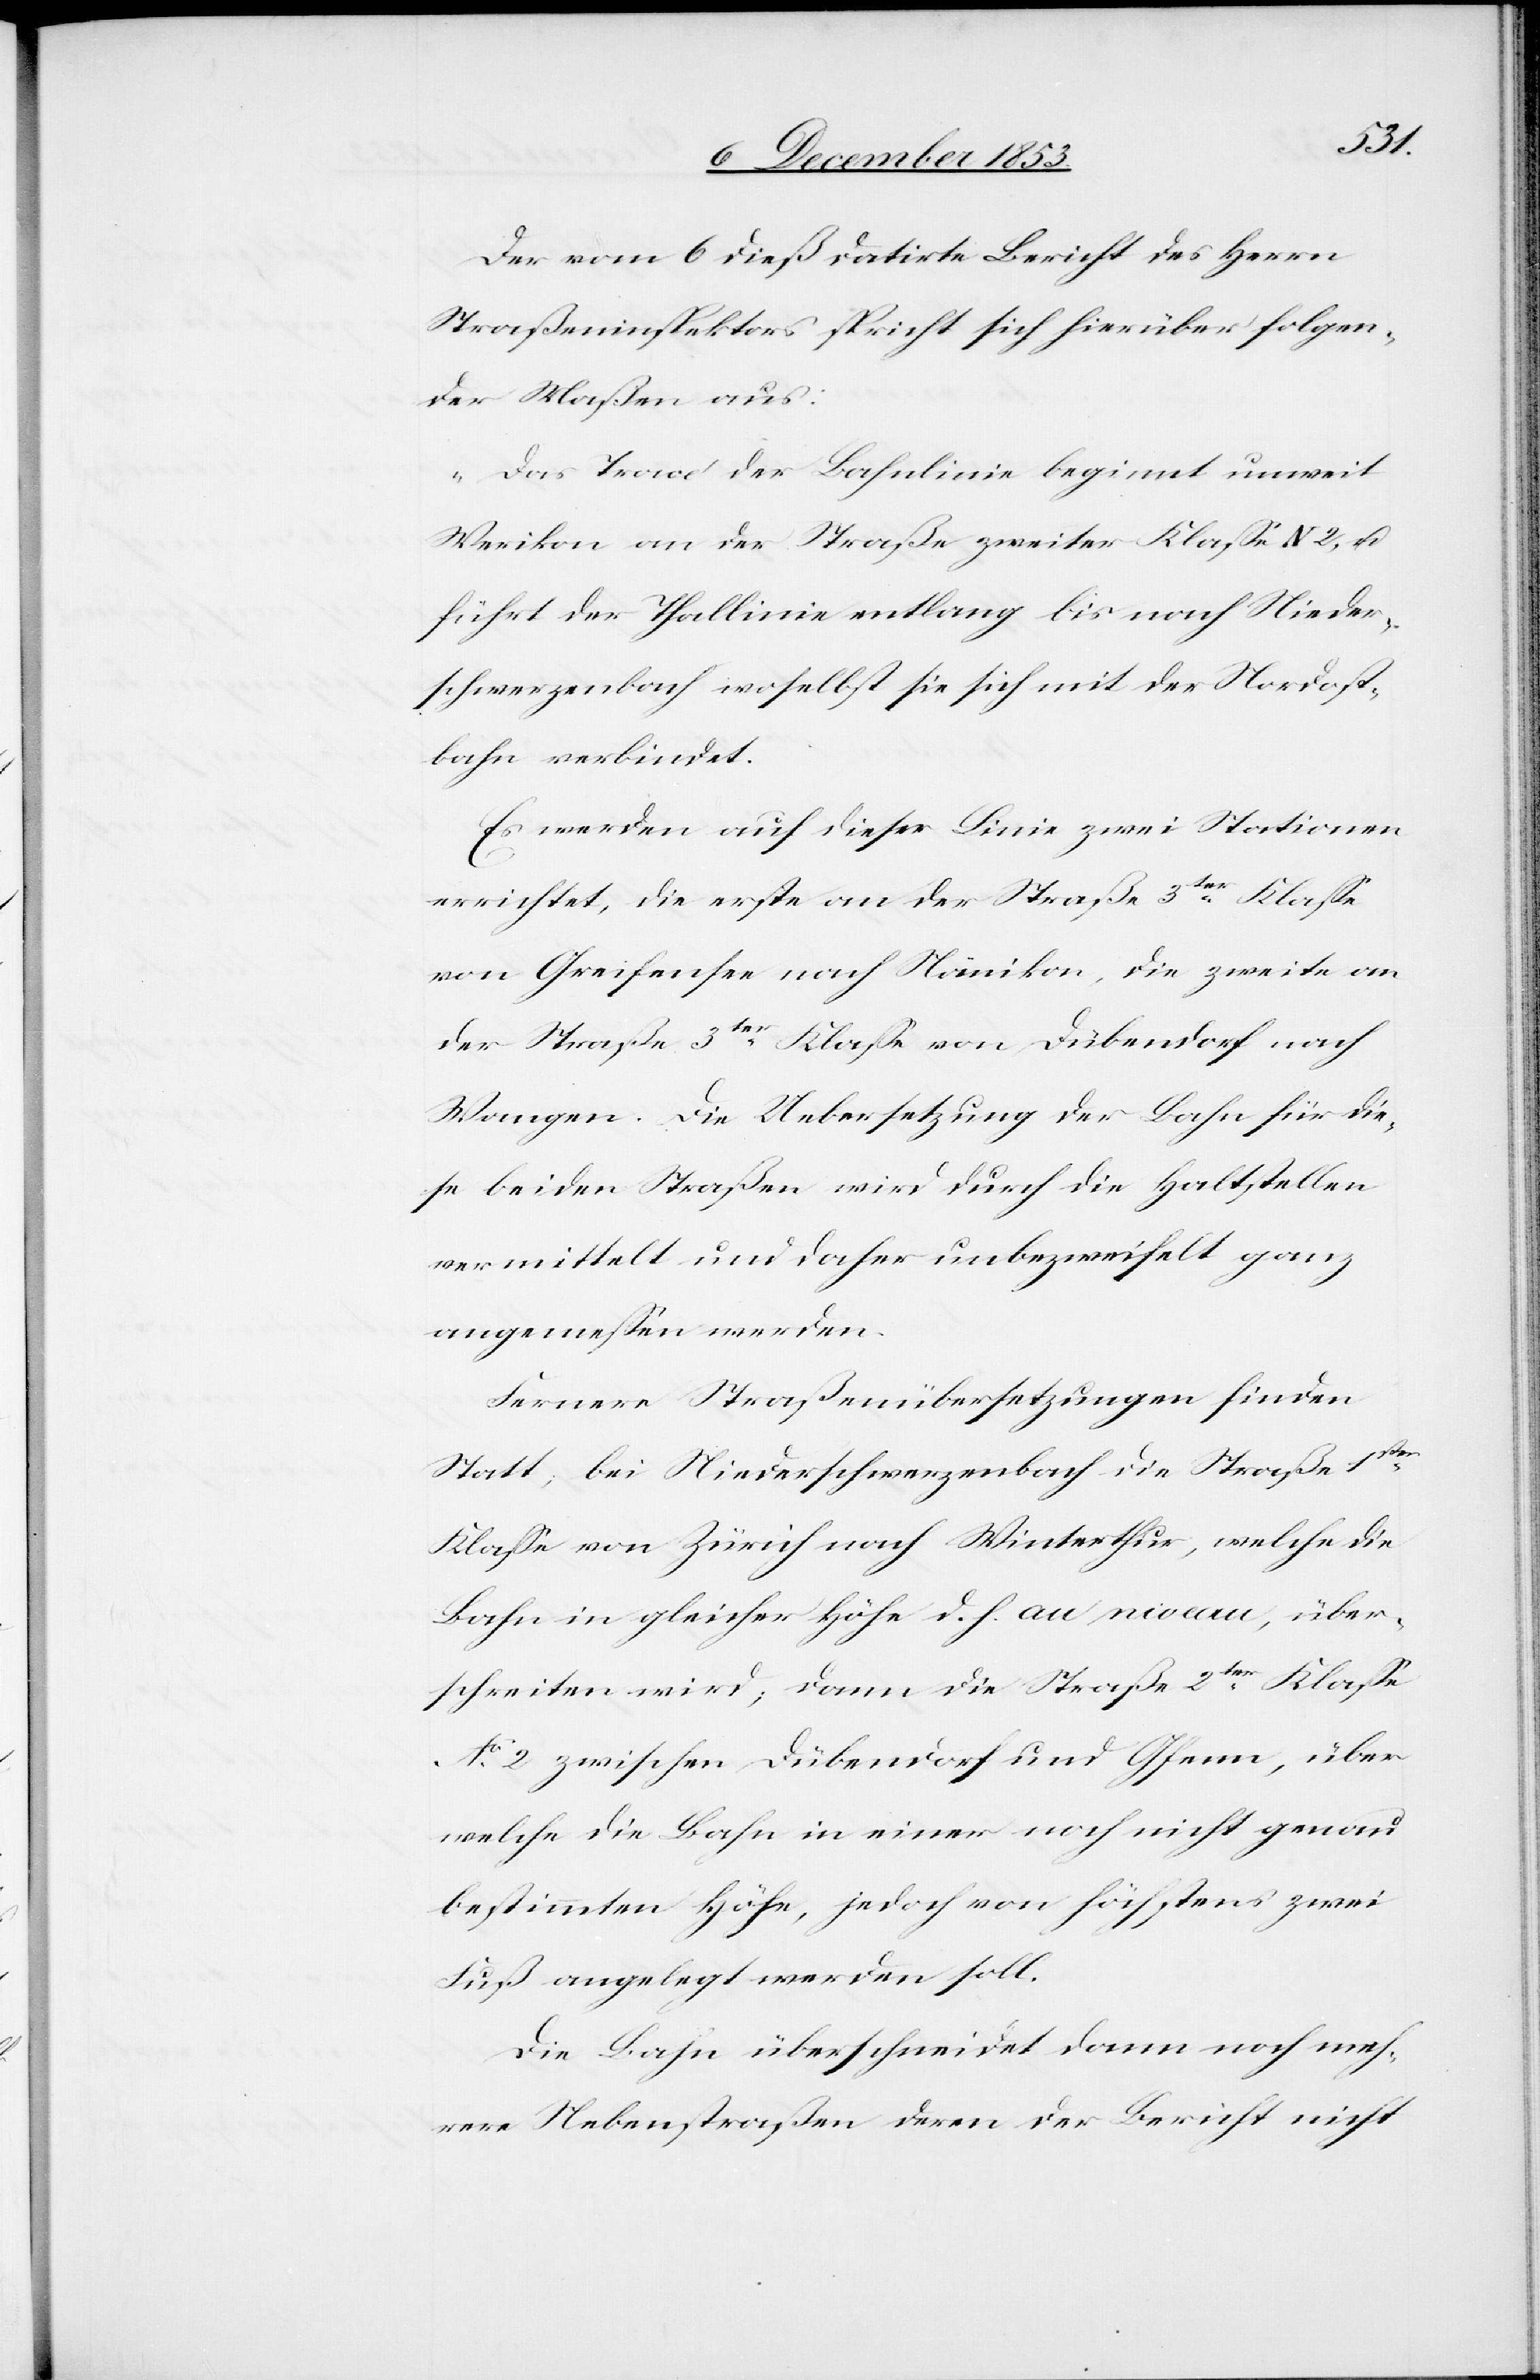
Der vom 6 dieß datirte Bericht des Herrn
Straßeninspektors spricht sich hierüber folgen¬
der Maßen aus:
„Das Tracé der Bahnlinie beginnt unweit
Weerikon an der Straße zweiter Klaße N 2, u.
führt der Thallinie entlang bis nach Nieder¬
schwerzenbach woselbst sie sich mit der Nordost¬
bahn verbindet.
Es werden auf dieser Linie zwei Stationen
errichtet, die erste an der Straße 3ter Klaße
von Greifensee nach Nänikon, die zweite an
der Straße 3ter Klaße von Dübendorf nach
Wangen. Die Uebersetzung der Bahn für die¬
se beiden Straßen wird durch die Haltstellen
vermittelt und daher unbezweifelt ganz
angemeßen werden.
Fernere Straßenübersetzungen finden
Statt, bei Niederschwerzenbach die Straße 1ster
Klaße von Zürich nach Winterthur, welche die
Bahn in gleicher Höhe d. h. au niveau, über¬
schreiten wird, dann die Straße 2ter Klaße
N° 2 zwischen Dübendorf und Gfenn, über
welche die Bahn in einer noch nicht genau
bestimmten Höhe, jedoch von höchstens zwei
Fuß angelegt werden soll.
Die Bahn überschneidet dann noch meh¬
rere Nebenstraßen deren der Bericht nicht